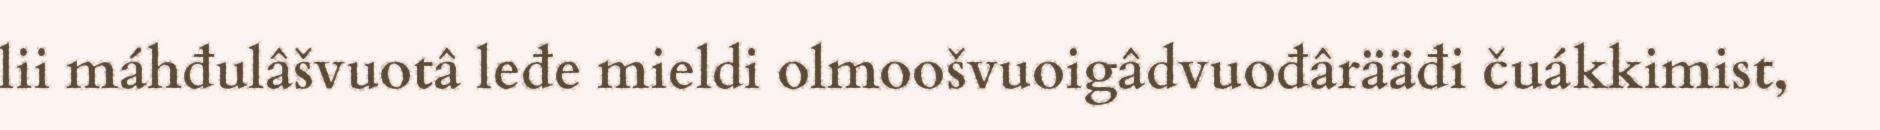
lii máhđulâšvuotâ leđe mieldi olmoošvuoigâdvuođârääđi čuákkimist,